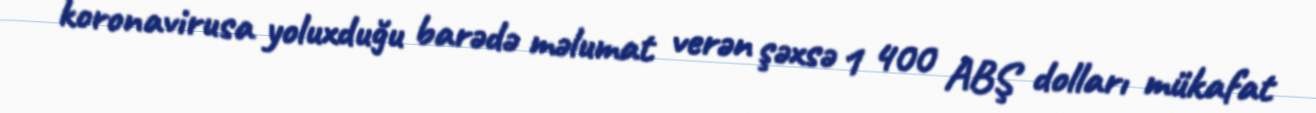
koronavirusa yoluxduğu barədə məlumat verən şəxsə 1 400 ABŞ dolları mükafat